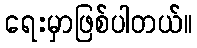
ရေးမှာဖြစ်ပါတယ်။